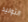
التوليد